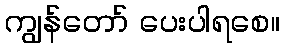
ကျွန်တော် ပေးပါရစေ။